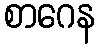
စာဂေန